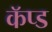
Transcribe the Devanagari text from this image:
कॅप्ड